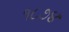
૧૮૭૪